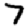
Digit: 7